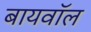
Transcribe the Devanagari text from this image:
बायवॉल